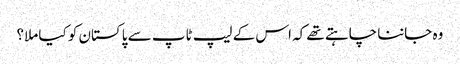
وہ جاننا چاہتے تھے کہ اس کے لیپ ٹاپ سے پاکستان کو کیا ملا؟